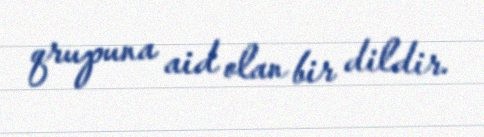
qrupuna aid olan bir dildir.